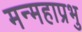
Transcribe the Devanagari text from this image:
मन्महाप्रभु